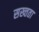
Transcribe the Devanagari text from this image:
सख्तता